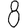
Digit: 8